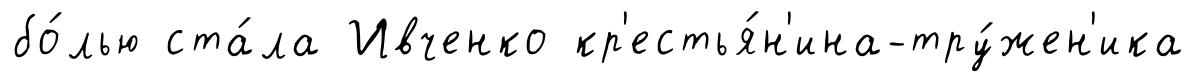
бо́лью ста́ла Ивченко кр'естья́н'ина-тру́жен'ика